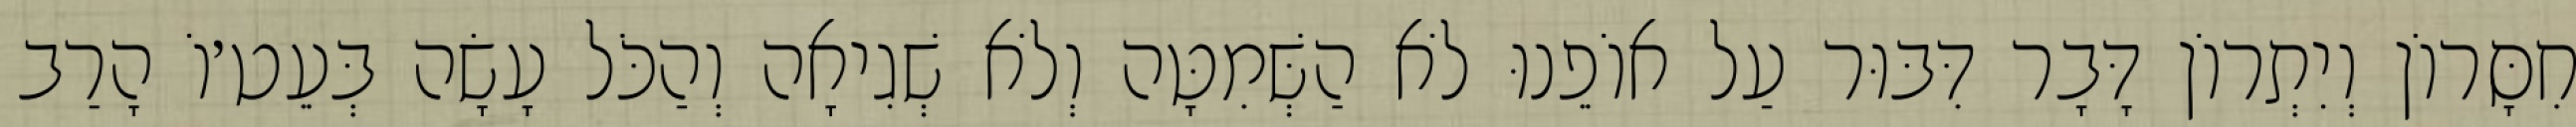
חִסָּרוֹן וְיִתְרוֹן דָּבָר דִּבּוּר עַל אוֹפֵנוּ לֹא הַשְּׁמִטָּה וְלֹא שְׁגִיאָה וְהַכֹּל עָשָׂה בְּעֵט׳וֹ הָרַב